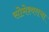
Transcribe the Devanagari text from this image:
सोमेश्वराचा